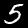
Label: 5